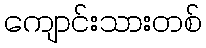
ကျောင်းသားတစ်